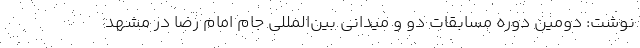
نوشت: دومین دوره مسابقات دو و میدانی بین‌المللی جام امام رضا در مشهد